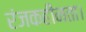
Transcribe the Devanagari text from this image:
रंजकहीनता।